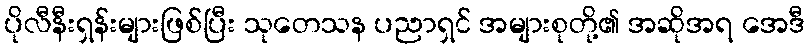
ပိုလီနီးရှန်းများဖြစ်ပြီး သုတေသန ပညာရှင် အများစုတို့၏ အဆိုအရ အေဒီ